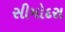
સીમોદરા